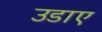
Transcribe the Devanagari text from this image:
उडाए